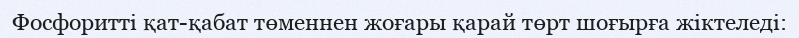
Фосфоритті қат-қабат төменнен жоғары қарай төрт шоғырға жіктеледі: